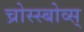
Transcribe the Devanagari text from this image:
च्रोस्स्बोव्स्